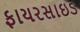
ફાયરસાઇડ